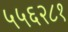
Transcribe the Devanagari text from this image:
५५६२८१